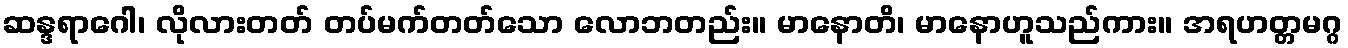
ဆန္ဒရာဂေါ၊ လိုလားတတ် တပ်မက်တတ်သော လောဘတည်း။ မာနောတိ၊ မာနောဟူသည်ကား။ အရဟတ္တမဂ္ဂ